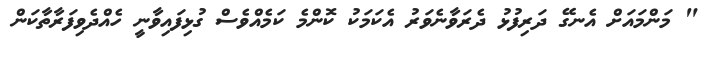
" މަންމައަށް އެނގޭ ދަރިފުޅު ދެރަވާނެވަރު އެކަމަކު ކޮންމެ ކަމެއްވެސް ގުޅިފައިވާނީ ހެއްދެވިފަރާތާކަން